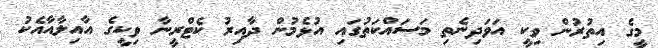
މީގެ އިތުރުން ވިކީ އަވަދިނެތި މަސައްކަތުގައި އުޅެމުން ދާއިރު ކެޓްރީނާ ވިކީގެ އާއިލާއާއެކު